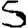
Digit: 5